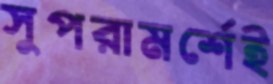
সুপরামর্শেই